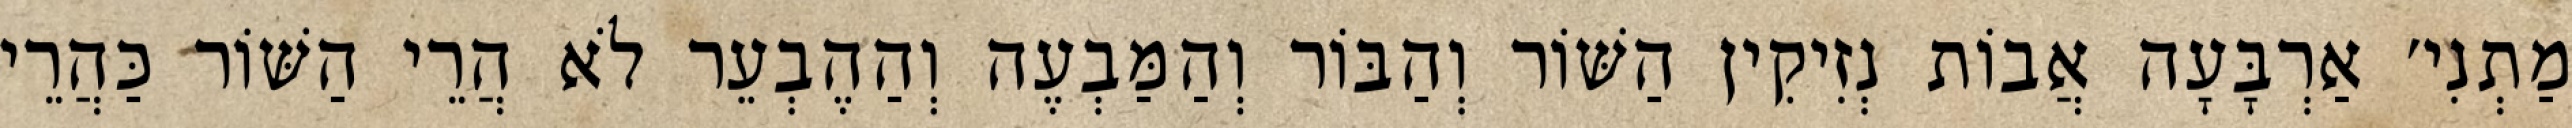
מַתְנִי׳ אַרְבָּעָה אֲבוֹת נְזִיקִין הַשּׁוֹר וְהַבּוֹר וְהַמַּבְעֶה וְהַהֶבְעֵר לֹא הֲרֵי הַשּׁוֹר כַּהֲרֵי